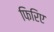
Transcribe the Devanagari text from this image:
फिरिए